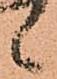
候